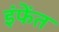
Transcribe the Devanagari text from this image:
इंफेंत